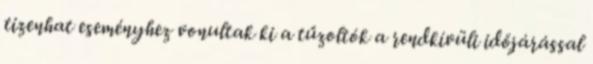
tizenhat eseményhez vonultak ki a tűzoltók a rendkívüli időjárással